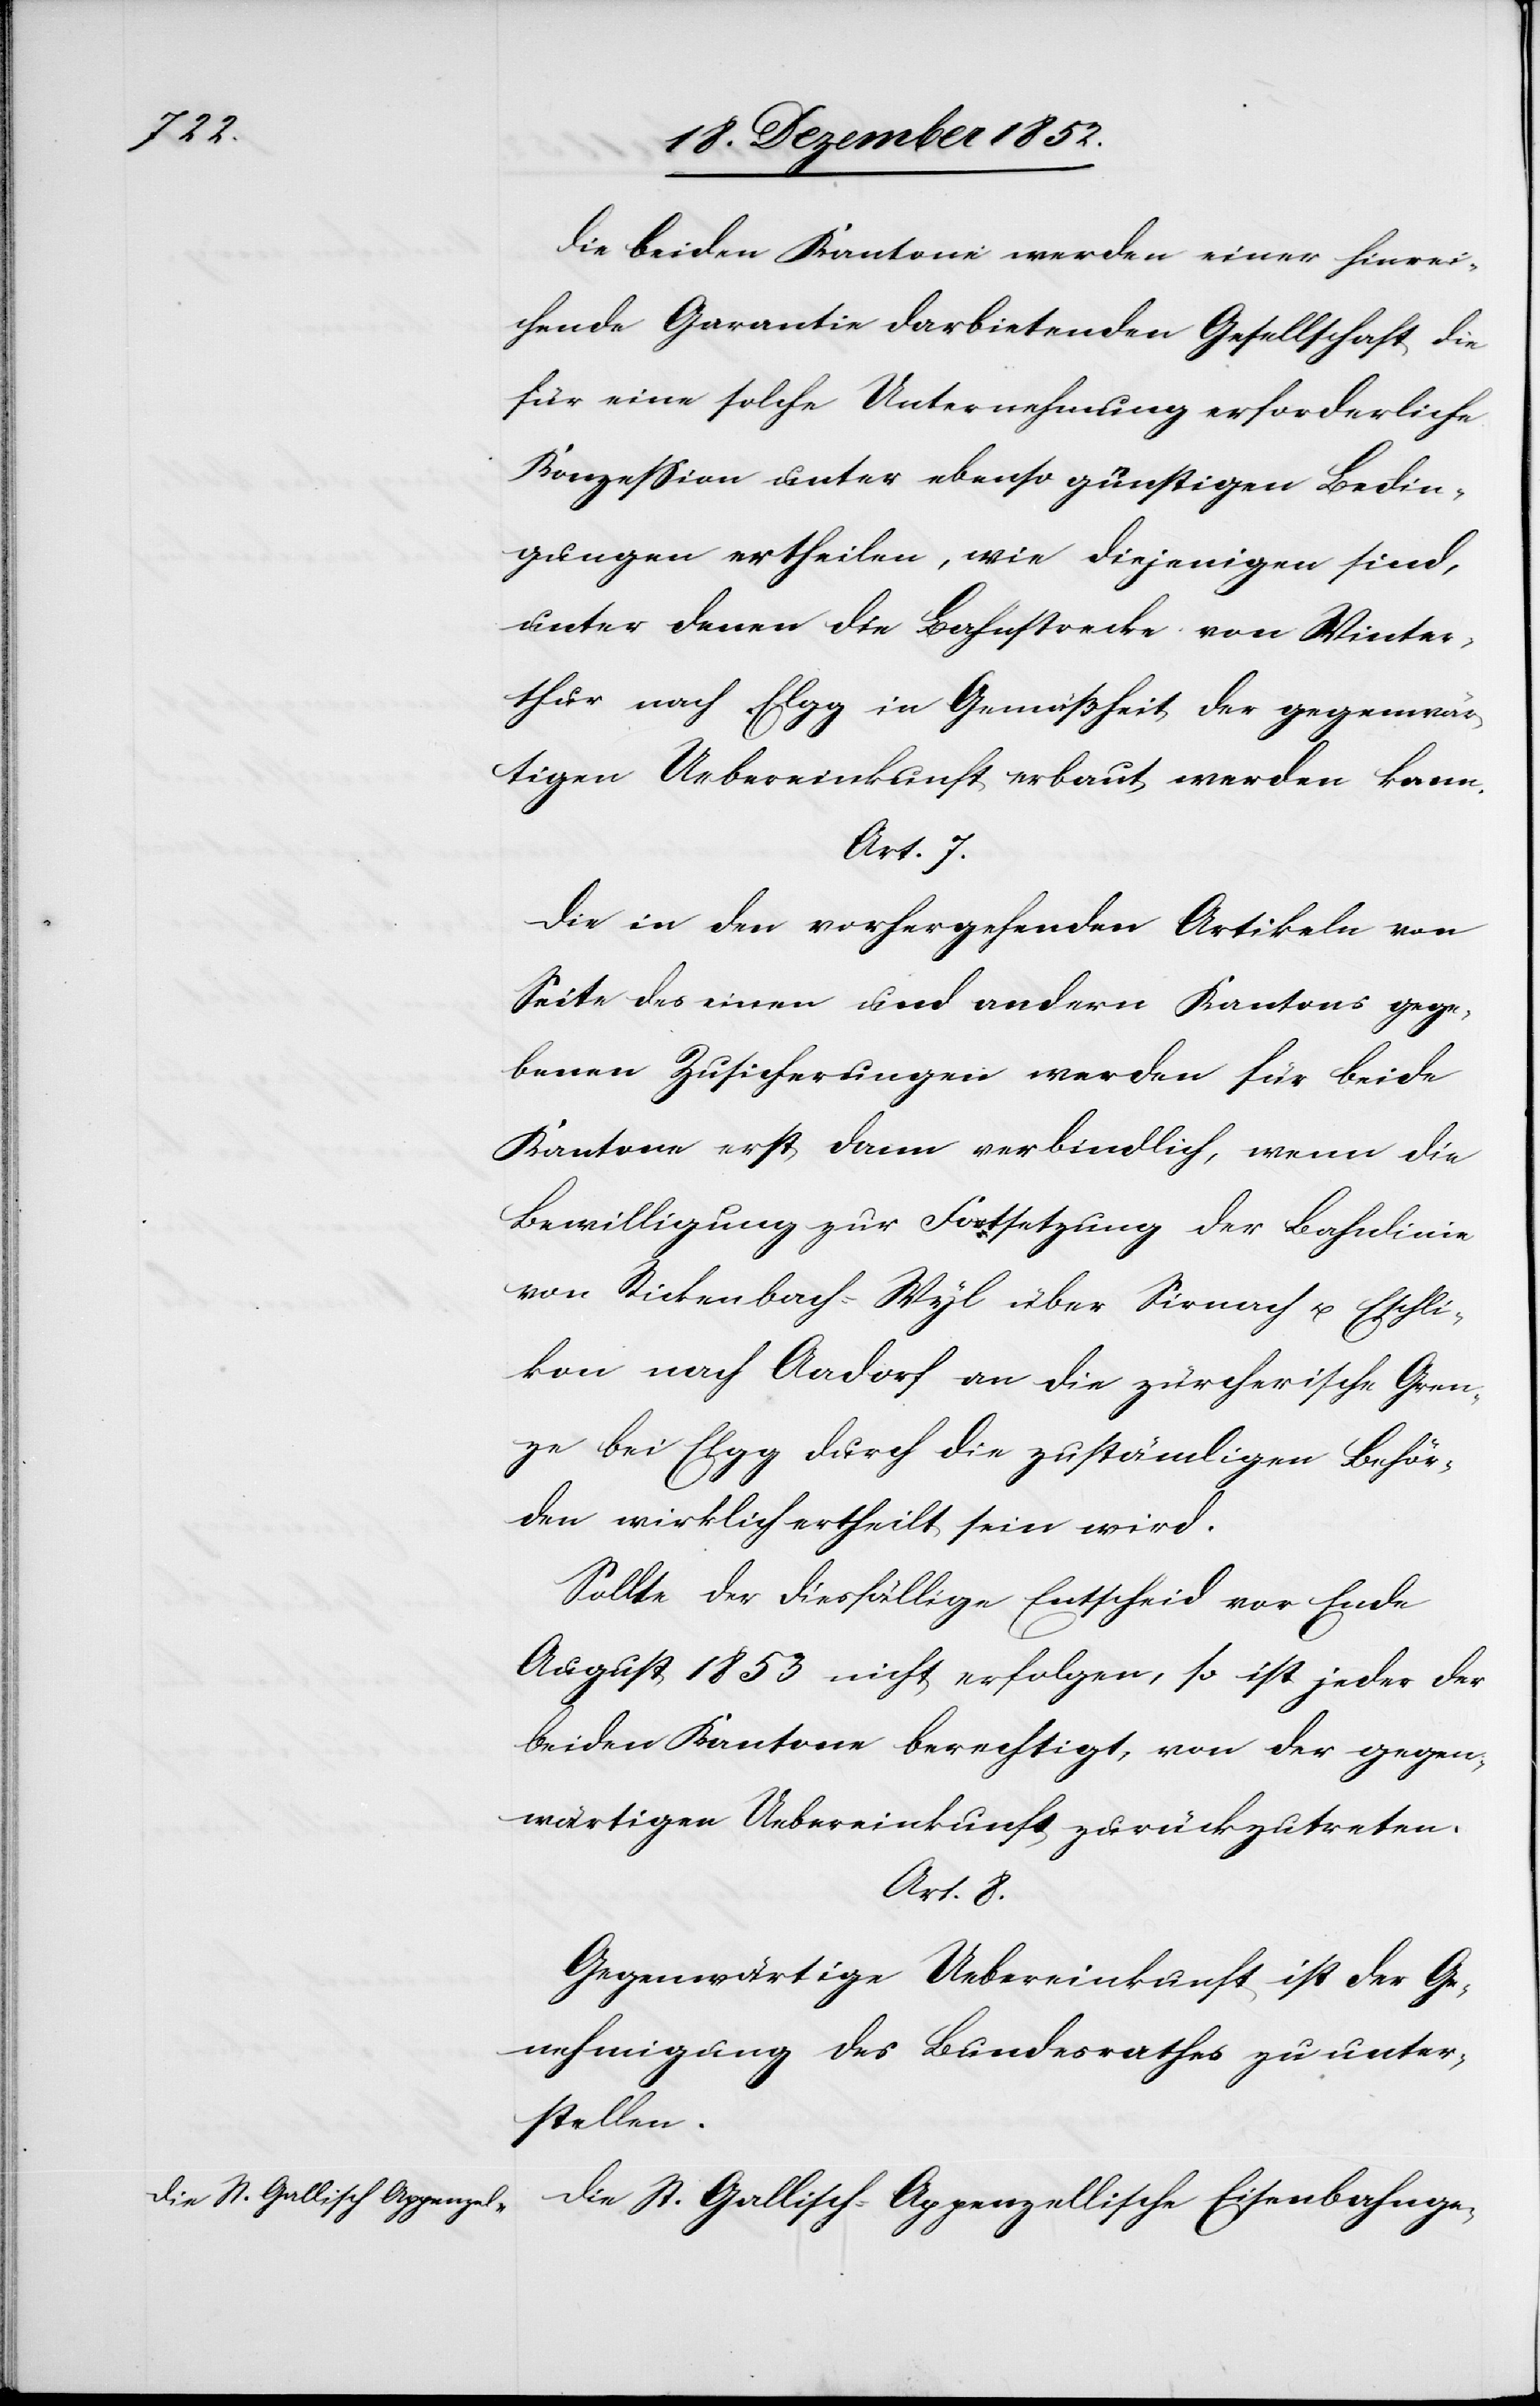
Die beiden Kantone werden einer hinrei¬
chende Garantie darbietenden Gesellschaft die
für eine solche Unternehmung erforderliche
Konzession unter ebenso günstigen Bedin¬
gungen ertheilen, wie diejenigen sind,
unter denen die Bahnstrecke von Winter¬
thur nach Elgg in Gemäßheit der gegenwär¬
tigen Uebereinkunft erbaut werden kann.
Art. 7.
Die in den vorhergehenden Artikeln von
Seite des einen und andern Kantons gege¬
benen Zusicherungen werden für beide
Kantone erst dann verbindlich, wenn die
Bewilligung zur Fortsetzung der Bahnlinie
von Rickenbach-Wyl über Sirnach u. Eschli¬
kon nach Aadorf an die zürcherische Gren¬
ze bei Elgg durch die zuständigen Behör¬
den wirklich ertheilt sein wird.
Sollte der diesfällige Entscheid vor Ende
August 1853 nicht erfolgen, so ist jeder der
beiden Kantone berechtigt, von der gegen¬
wärtigen Uebereinkunft zurückzutreten.
Art. 8.
Gegenwärtige Uebereinkunft ist der Ge¬
nehmigung des Bundesrathes zu unter¬
stellen.
Die St. Gallisch-Appenzellische Eisenbahnge-